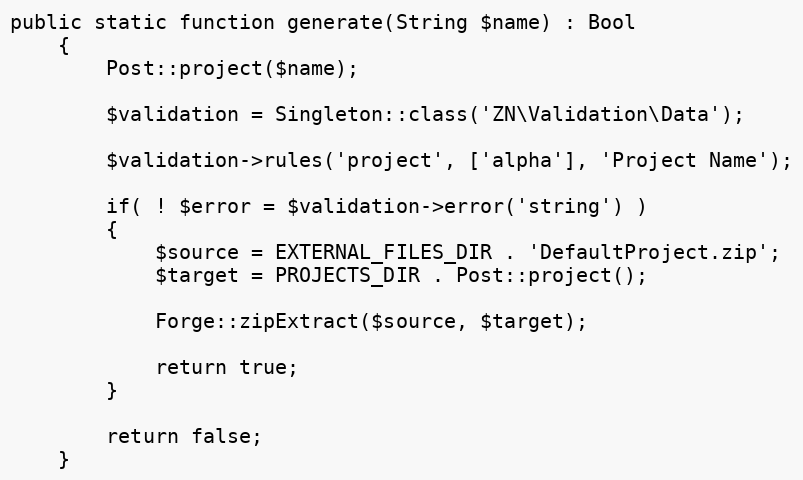
Language: PHP
public static function generate(String $name) : Bool
    {
        Post::project($name);

        $validation = Singleton::class('ZN\Validation\Data');

        $validation->rules('project', ['alpha'], 'Project Name');

        if( ! $error = $validation->error('string') )
        {
            $source = EXTERNAL_FILES_DIR . 'DefaultProject.zip';
            $target = PROJECTS_DIR . Post::project();

            Forge::zipExtract($source, $target);

            return true;
        }

        return false;
    }